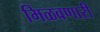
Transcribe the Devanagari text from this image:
मिळवणाऱी